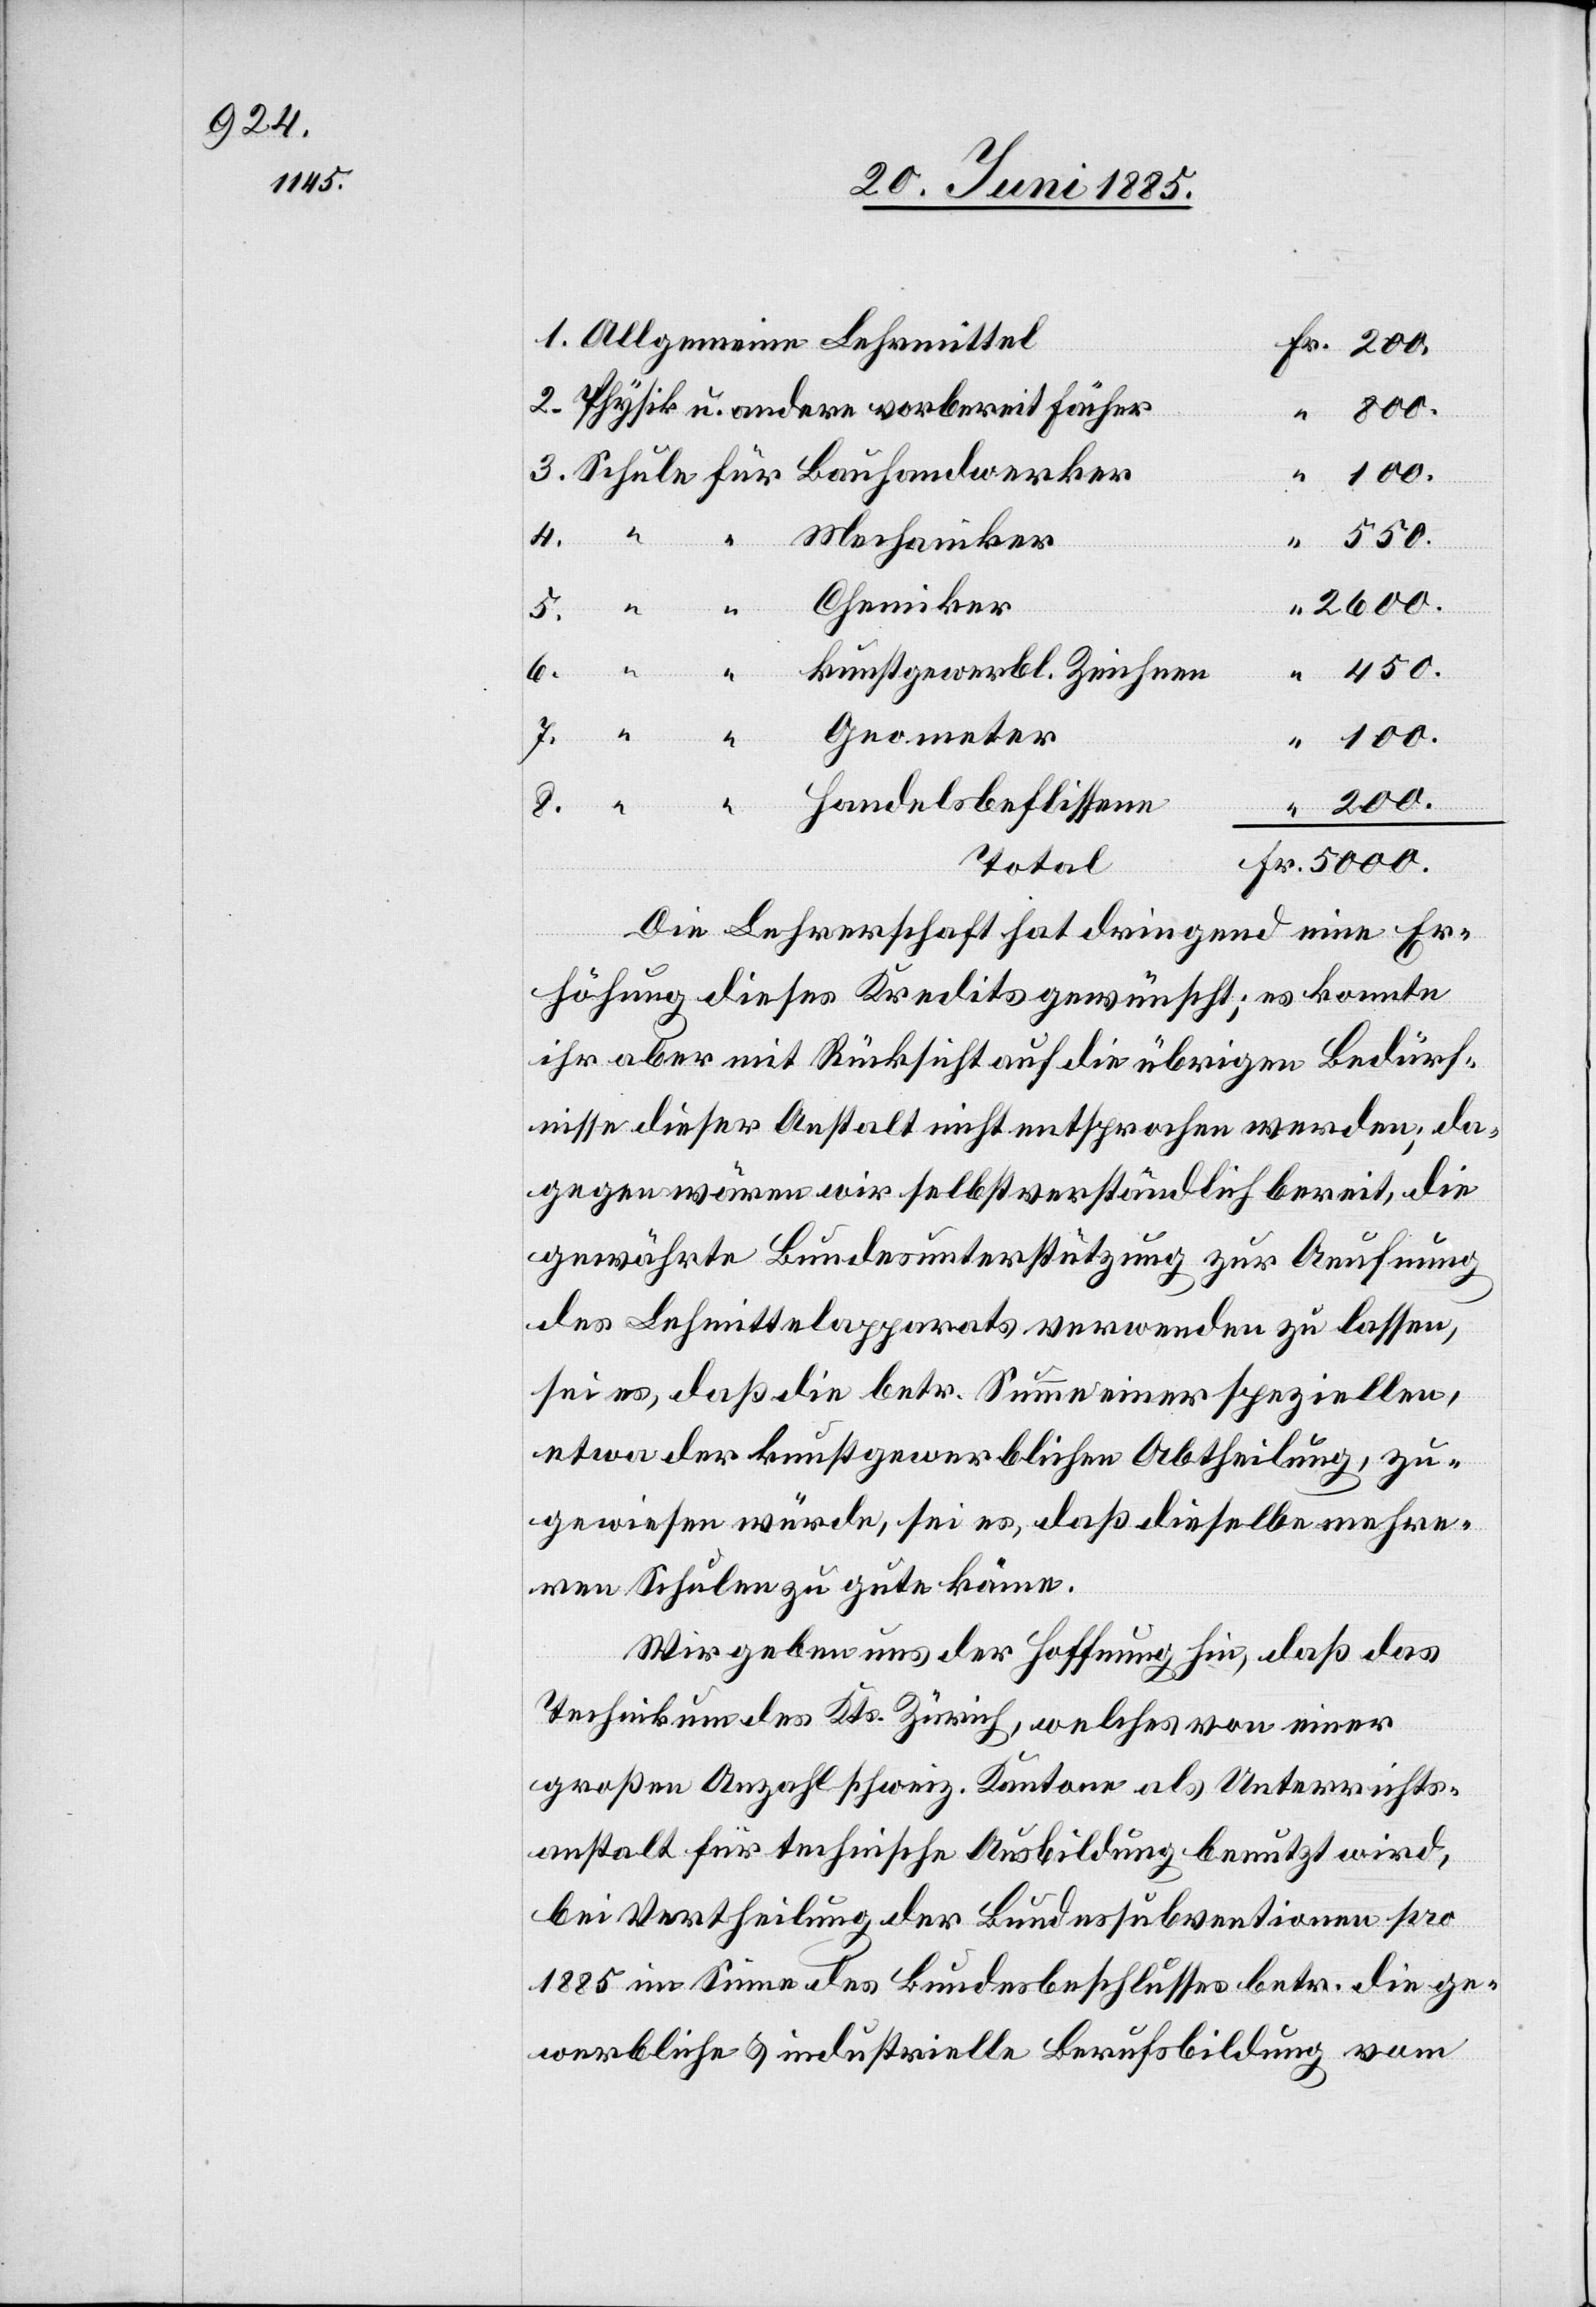
Allgemeine Lehrmittel
Physik u. andere vorbereit. Fächer
2.
4.
für
Chemiker
5000.
kunstgewerbl. Zeichnen
6.
Fr.
Geometer
7.
Total
Die Lehrerschaft hat dringend eine Er¬
höhung dieses Kredits gewünscht; es konnte
ihr aber mit Rücksicht auf die übrigen Bedürf¬
nisse dieser Anstalt nicht entsprochen werden; da¬
gegen wären wir selbstverständlich bereit, die
gewährte Bundesunterstützung zur Aeufnung
des Lehrmittelapparats verwenden zu lassen,
sei es, daß die betr. Summe einer speziellen,
etwa der kunstgewerblichen Abtheilung, zu¬
gewiesen würde, sei es, daß dieselbe mehre¬
ren Schulen zu gute käme.
Wir geben uns der Hoffnung hin, daß das
Technikum des Kts. Zürich, welches von einer
großen Anzahl schweiz. Kantone als Unterrichts¬
anstalt für technische Ausbildung benutzt wird,
bei Vertheilung der Bundessubventionen pro
1885 im Sinne des Bundesbeschlusses betr. die ge¬
werbliche & industrielle Berufsbildung vom

“